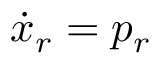
\dot { x } _ { r } = p _ { r }